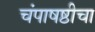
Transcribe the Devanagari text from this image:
चंपाषष्ठीचा